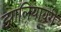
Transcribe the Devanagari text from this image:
झालियावरी